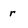
Character: r